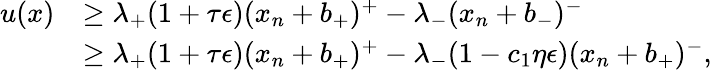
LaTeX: \begin{array}{rl}{u(x)}&{\geq\lambda_{+}(1+\tau\epsilon)(x_{n}+b_{+})^{+}-\lambda_{-}(x_{n}+b_{-})^{-}}\\ &{\geq\lambda_{+}(1+\tau\epsilon)(x_{n}+b_{+})^{+}-\lambda_{-}(1-c_{1}\eta\epsilon)(x_{n}+b_{+})^{-},}\end{array}